Indian journal of veterinary science and animal husbandry - Volume 8,
Year: 1938
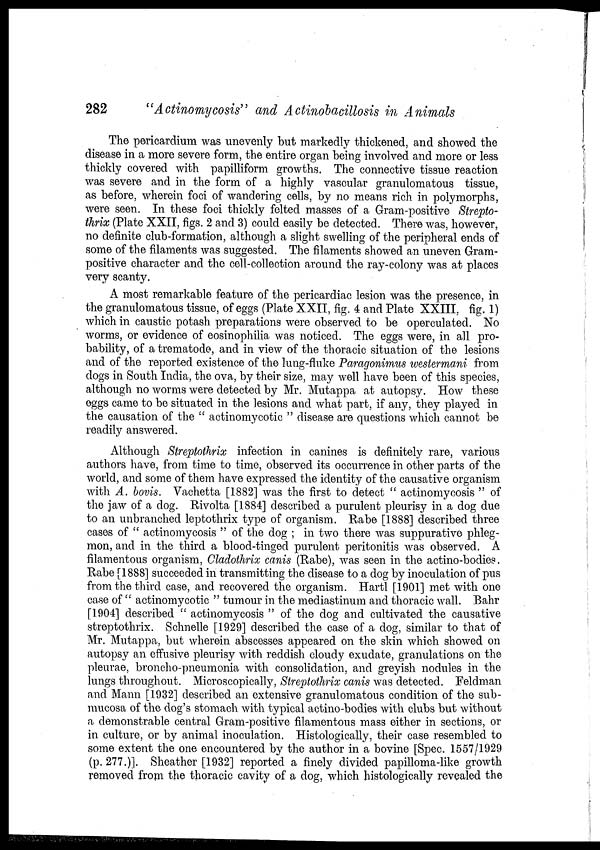
282
"Actinomycosis" and Actinobacillosis in Animals
The pericardium was unevenly but markedly thickened, and showed the
disease in a more severe form, the entire organ being involved and more or less
thickly covered with papilliform growths. The connective tissue reaction
was severe and in the form of a highly vascular granulomatous tissue,
as before, wherein foci of wandering cells, by no means rich in polymorphs,
were seen. In these foci thickly felted masses of a Gram-positive Strepto-
thrix (Plate XXII, figs. 2 and 3) could easily be detected. There was, however,
no definite club-formation, although a slight swelling of the peripheral ends of
some of the filaments was suggested. The filaments showed an uneven Gram-
positive character and the cell-collection around the ray-colony was at places
very scanty.
A most remarkable feature of the pericardiac lesion was the presence, in
the granulomatous tissue, of eggs (Plate XXII, fig. 4 and Plate XXIII, fig. 1)
which in caustic potash preparations were observed to be operculated. No
worms, or evidence of eosinophilia was noticed. The eggs were, in all pro-
bability, of a trematode, and in view of the thoracic situation of the lesions
and of the reported existence of the lung-fluke Paragonimus westermani from
dogs in South India, the ova, by their size, may well have been of this species,
although no worms were detected by Mr. Mutappa at autopsy. How these
eggs came to be situated in the lesions and what part, if any, they played in
the causation of the " actinomycotic " disease are questions which cannot be
readily answered.
Although Streptothrix infection in canines is definitely rare, various
authors have, from time to time, observed its occurrence in other parts of the
world, and some of them have expressed the identity of the causative organism
with A. bovis. Vachetta [1882] was the first to detect " actinomycosis " of
the jaw of a dog. Rivolta [1884] described a purulent pleurisy in a dog due
to an unbranched leptothrix type of organism. Rabe [1888] described three
cases of " actinomycosis " of the dog ; in two there was suppurative phleg-
mon, and in the third a blood-tinged purulent peritonitis was observed. A
filamentous organism, Cladothrix canis (Rabe), was seen in the actino-bodies.
Rabe [1888] succeeded in transmitting the disease to a dog by inoculation of pus
from the third case, and recovered the organism. Hartl [1901] met with one
case of " actinomycotic " tumour in the mediastinum and thoracic wall. Bahr
[1904] described " actinomycosis " of the dog and cultivated the causative
streptothrix. Schnelle [1929] described the case of a dog, similar to that of
Mr. Mutappa, but wherein abscesses appeared on the skin which showed on
autopsy an effusive pleurisy with reddish cloudy exudate, granulations on the
pleurae, broncho-pneumonia with consolidation, and greyish nodules in the
lungs throughout. Microscopically, Streptothrix canis was detected. Feldman
and Mann [1932] described an extensive granulomatous condition of the sub-
mucosa of the dog's stomach with typical actino-bodies with clubs but without
a demonstrable central Gram-positive filamentous mass either in sections, or
in culture, or by animal inoculation. Histologically, their case resembled to
some extent the one encountered by the author in a bovine [Spec. 1557/1929
(p. 277.)]. Sheather [1932] reported a finely divided papilloma-like growth
removed from the thoracic cavity of a dog, which histologically revealed the